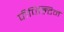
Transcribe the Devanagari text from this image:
पीपिल्टिन